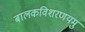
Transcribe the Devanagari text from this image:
बालकविशरणयमु